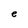
Character: e